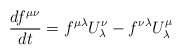
\begin{align*}{{df^{\mu\nu}} \over {dt}} = f^{\mu\lambda} U_\lambda^\nu -f^{\nu\lambda} U_\lambda^\mu\end{align*}